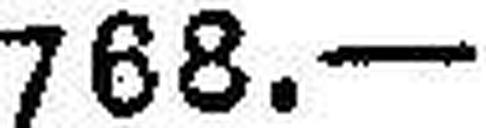
768.—